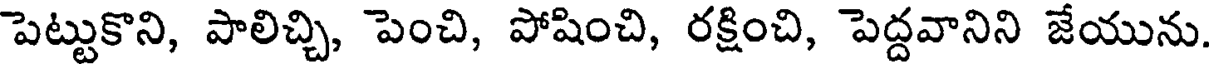
పెట్టుకొని, పాలిచ్చి, పెంచి, పోషించి, రక్షించి, పెద్దవానిని జేయును